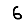
Digit: 6